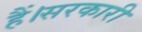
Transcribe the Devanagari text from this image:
हैं।सरकारी